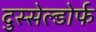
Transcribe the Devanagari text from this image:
दुस्सेल्डोर्फ